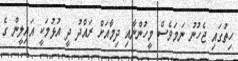
ހިތުގައި ޖެހުނު ނަމަވެސް މީހުންނާއި ދިމާއަށް ރައްދު ދީ އުޅުމަކީ އައިލީން ގެ